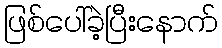
ဖြစ်ပေါ်ခဲ့ပြီးနောက်